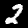
Digit: 2